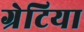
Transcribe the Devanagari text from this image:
ग्रेटिया